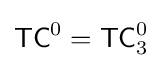
{\mathsf {TC}}^{0}={\mathsf {TC}}_{3}^{0}